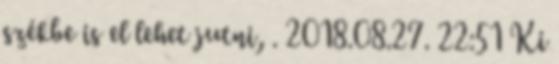
székbe is el lehet jutni, . 2018.08.27. 22:51 Ki